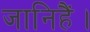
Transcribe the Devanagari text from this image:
जानिहैं।